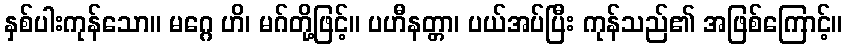
နှစ်ပါးကုန်သော။ မဂ္ဂေ ဟိ၊ မဂ်တို့ဖြင့်။ ပဟီနတ္တာ၊ ပယ်အပ်ပြီး ကုန်သည်၏ အဖြစ်ကြောင့်။